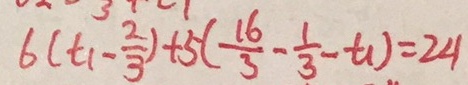
6 ( t _ { 1 } - \frac { 2 } { 3 } ) + 5 ( \frac { 1 6 } { 3 } - \frac { 1 } { 3 } - t _ { 1 } ) = 2 4